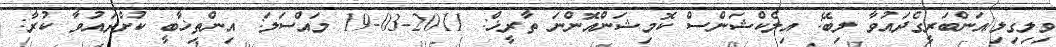
ވިލިގިލި/އަންބަރީގެދައުވާ ލިބޭ: އިލެކްޝަންސް ކޮމިޝަންއޮންނަ ތާރީޚް: 2011-03-19 މައްސަލަ: އިންތިޚާބީ ކުށްދައުވާ ކުރާ: